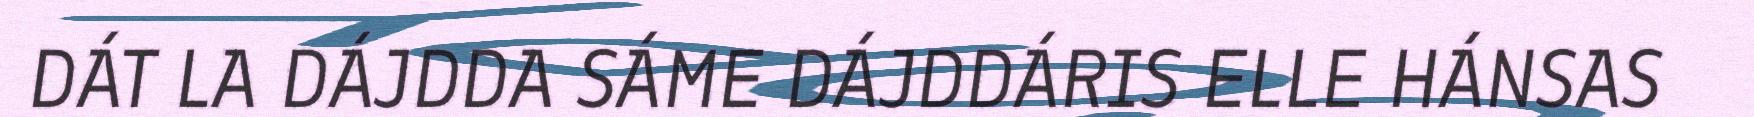
DÁT LA DÁJDDA SÁME DÁJDDÁRIS ELLE HÁNSAS